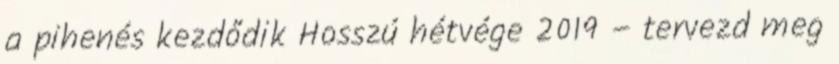
a pihenés kezdődik Hosszú hétvége 2019 – tervezd meg